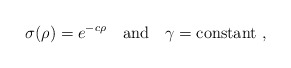
\begin{align*} \sigma(\rho)= e^{-c\rho} \quad {\rm and} \quad \gamma= {\rm constant}~,\end{align*}